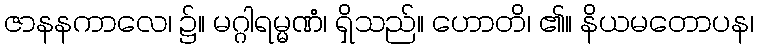
ဇာနနကာလေ၊ ၌။ မဂ္ဂါရမ္မဏံ၊ ရှိသည်။ ဟောတိ၊ ၏။ နိယမတောပန၊